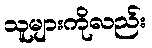
သူများကိုလည်း